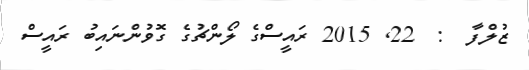
ޒުލްފާ  :  22